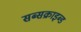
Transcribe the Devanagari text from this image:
सब्सक्राइब्ड